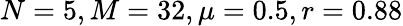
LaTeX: N=5,M=32,\mu=0.5,r=0.88